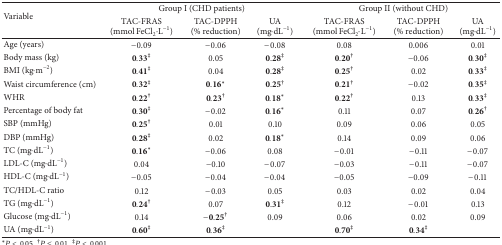
<table><thead><tr><td rowspan="2"><b>Variable</b></td><td colspan="3"><b>Group I (CHD patients)</b></td><td colspan="3"><b>Group II (without CHD)</b></td></tr><tr><td><b>TAC-FRAS (mmol FeCl<sub>2</sub><i>·</i>L<sup>−1</sup>)</b></td><td><b>TAC-DPPH (% reduction)</b></td><td><b>UA (mg<i>·</i>dL<sup>−1</sup>)</b></td><td><b>TAC-FRAS (mmol FeCl<sub>2</sub><i>·</i>L<sup>−1</sup>)</b></td><td><b>TAC-DPPH (% reduction)</b></td><td><b>UA (mg<i>·</i>dL<sup>−1</sup>)</b></td></tr></thead><tbody><tr><td>Age (years)</td><td>−0.09</td><td>−0.06</td><td>−0.08</td><td>0.08</td><td>0.006</td><td>0.01</td></tr><tr><td>Body mass (kg)</td><td>0.33<sup>‡</sup></td><td> 0.05</td><td>0.28<sup>‡</sup></td><td>0.20<sup>†</sup></td><td>−0.06</td><td>0.30<sup>‡</sup></td></tr><tr><td>BMI (kg<i>·</i>m<sup>−2</sup>)</td><td>0.41<sup>‡</sup></td><td> 0.04</td><td>0.28<sup>‡</sup></td><td>0.25<sup>†</sup></td><td> 0.02</td><td>0.33<sup>‡</sup></td></tr><tr><td>Waist circumference (cm)</td><td>0.32<sup>‡</sup></td><td>0.16*</td><td>0.25<sup>†</sup></td><td>0.21<sup>†</sup></td><td>−0.02</td><td>0.35<sup>‡</sup></td></tr><tr><td>WHR</td><td>0.22<sup>†</sup></td><td>0.23<sup>†</sup></td><td>0.18*</td><td>0.22<sup>†</sup></td><td> 0.13</td><td>0.33<sup>‡</sup></td></tr><tr><td>Percentage of body fat</td><td>0.30<sup>‡</sup></td><td>−0.02</td><td>0.16*</td><td>0.11</td><td> 0.07</td><td>0.26<sup>†</sup></td></tr><tr><td>SBP (mmHg)</td><td>0.25<sup>†</sup></td><td> 0.01</td><td> 0.10</td><td> 0.09</td><td>0.06</td><td>0.05</td></tr><tr><td>DBP (mmHg)</td><td>0.28<sup>‡</sup></td><td> 0.02</td><td>0.18*</td><td> 0.14</td><td>0.09</td><td>0.06</td></tr><tr><td>TC (mg<i>·</i>dL<sup>−1</sup>)</td><td>0.16*</td><td>−0.06</td><td> 0.08</td><td>−0.01</td><td>−0.11</td><td>−0.07</td></tr><tr><td>LDL-C (mg<i>·</i>dL<sup>−1</sup>)</td><td>0.04</td><td>−0.10</td><td>−0.07</td><td>−0.03</td><td>−0.11</td><td>−0.07</td></tr><tr><td>HDL-C (mg<i>·</i>dL<sup>−1</sup>)</td><td>−0.05</td><td>−0.04</td><td>−0.04</td><td>−0.05</td><td>−0.09</td><td>−0.11</td></tr><tr><td>TC/HDL-C ratio</td><td>0.12</td><td>−0.03</td><td> 0.05</td><td> 0.03</td><td>0.02</td><td>0.04</td></tr><tr><td>TG (mg<i>·</i>dL<sup>−1</sup>)</td><td>0.24<sup>†</sup></td><td> 0.07</td><td>0.31<sup>‡</sup></td><td>0.12</td><td>−0.01</td><td>0.13</td></tr><tr><td>Glucose (mg<i>·</i>dL<sup>−1</sup>)</td><td> 0.14</td><td>−0.25<sup>†</sup></td><td> 0.09</td><td>0.06</td><td>0.02</td><td>0.09</td></tr><tr><td>UA (mg<i>·</i>dL<sup>−1</sup>)</td><td>0.60<sup>‡</sup></td><td>0.36<sup>‡</sup></td><td> </td><td>0.70<sup>‡</sup></td><td>0.34<sup>‡</sup></td><td> </td></tr></tbody></table>